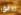
تدفق